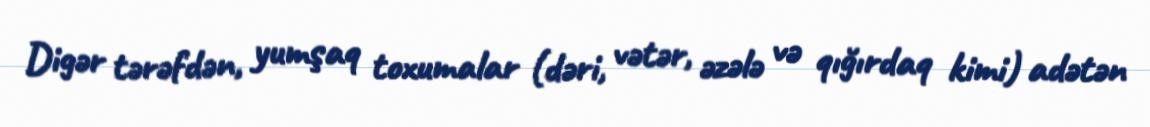
Digər tərəfdən, yumşaq toxumalar (dəri, vətər, əzələ və qığırdaq kimi) adətən